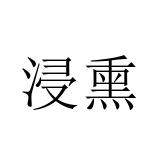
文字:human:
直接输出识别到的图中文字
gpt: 浸熏